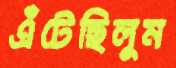
এঁটেছিলুম